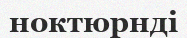
ноктюрнді